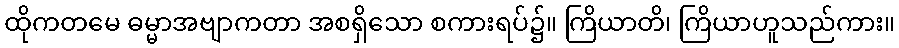
ထိုကတမေ ဓမ္မာအဗျာကတာ အစရှိသော စကားရပ်၌။ ကြိယာတိ၊ ကြိယာဟူသည်ကား။